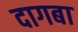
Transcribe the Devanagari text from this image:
दागबा